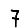
Digit: 7